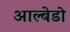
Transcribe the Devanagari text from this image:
आल्बेडो